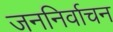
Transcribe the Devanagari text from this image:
जननिर्वाचन